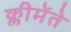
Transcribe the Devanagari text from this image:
क्लीमेंते